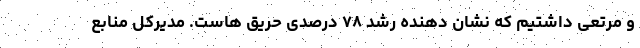
و مرتعی داشتیم که نشان دهنده رشد ۷۸ درصدی حریق هاست. مدیرکل منابع